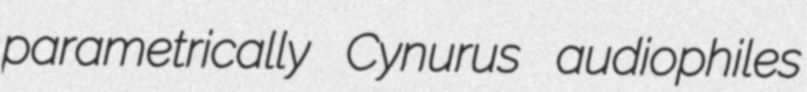
parametrically Cynurus audiophiles